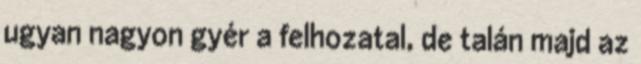
ugyan nagyon gyér a felhozatal, de talán majd az